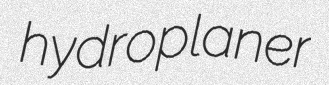
hydroplaner